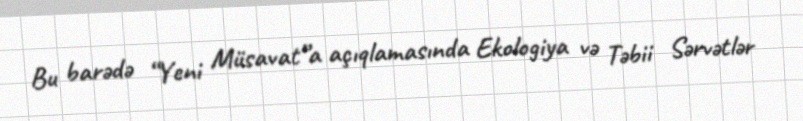
Bu barədə “Yeni Müsavat”a açıqlamasında Ekologiya və Təbii Sərvətlər